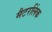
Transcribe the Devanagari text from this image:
मैटरलिंक